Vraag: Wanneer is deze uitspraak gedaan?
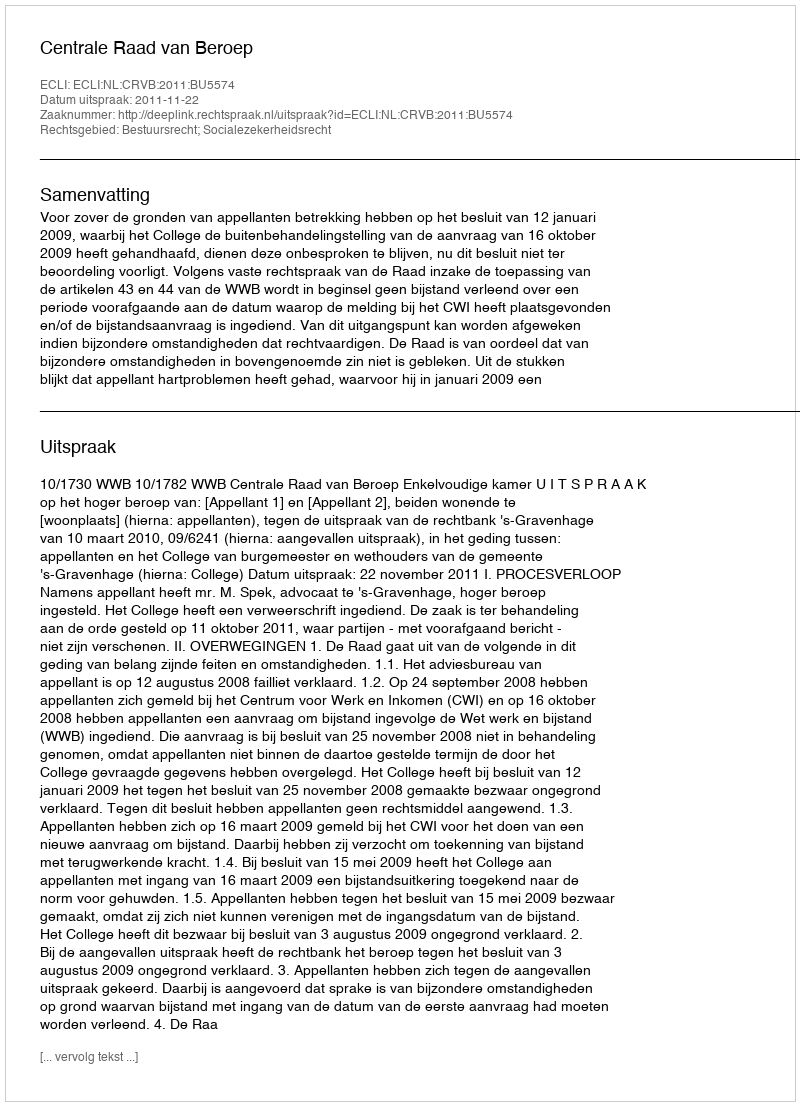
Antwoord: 2011-11-22